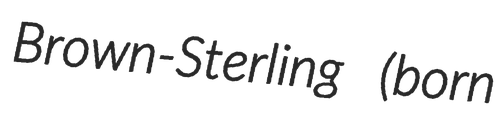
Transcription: Brown-Sterling (born